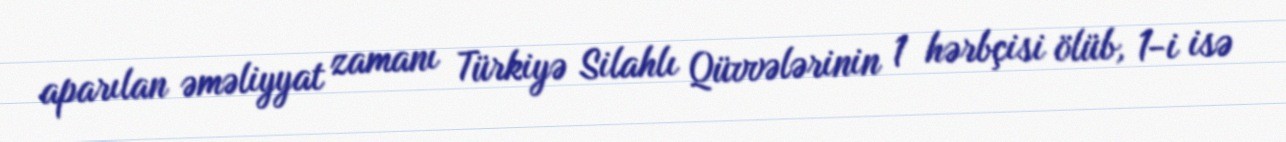
aparılan əməliyyat zamanı Türkiyə Silahlı Qüvvələrinin 1 hərbçisi ölüb, 1-i isə